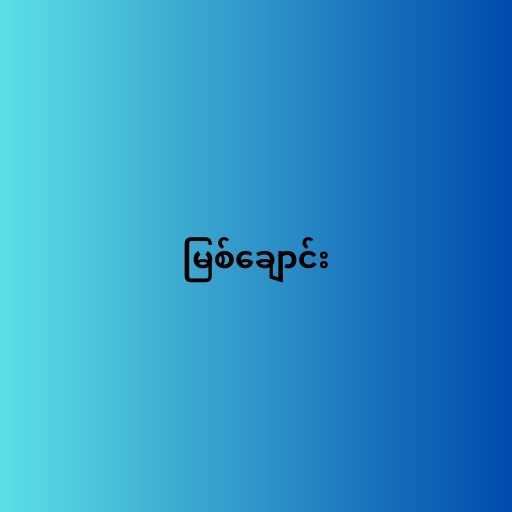
မြစ်ချောင်း